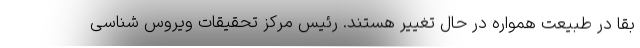
بقا در طبیعت همواره در حال تغییر هستند. رئیس مرکز تحقیقات ویروس شناسی